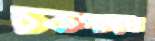
চকপাড়ার